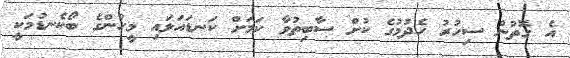
އެ ގޮތުން ސިހުރު ހެދުމުގެ ކުށް ސާބިތުވާ ކަމަަށް ކަނޑައަޅައި މީހުންގެ ބޯކެނޑުމަކީ